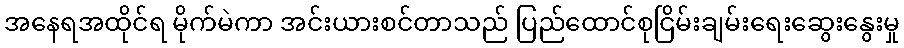
အနေရအထိုင်ရ မိုက်မဲကာ အင်းယားစင်တာသည် ပြည်ထောင်စုငြိမ်းချမ်းရေးဆွေးနွေးမှု